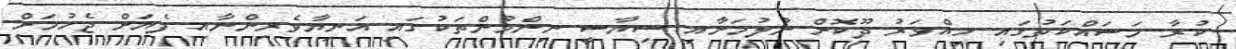
ކުރާ މަސައްކަތުގައި ހިއްވަރު ދޫކޮށް ނުލުމަށާއި ސިޔާސީ ނިންމުންތަކުގައި އަނިޔާވެރިންނާއި ފެޔަށް ޖެހުމަށް